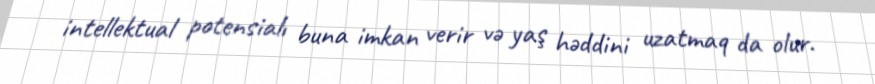
intellektual potensialı buna imkan verir və yaş həddini uzatmaq da olur.